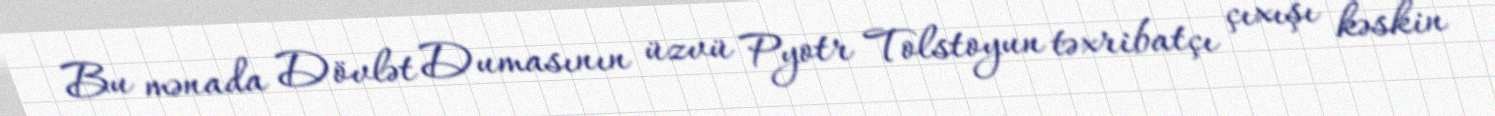
Bu mənada Dövlət Dumasının üzvü Pyotr Tolstoyun təxribatçı çıxışı kəskin